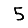
Digit: 5